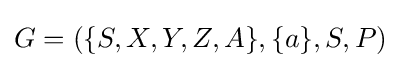
G=(\{S,X,Y,Z,A\},\{a\},S,P)